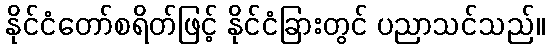
နိုင်ငံတော်စရိတ်ဖြင့် နိုင်ငံခြားတွင် ပညာသင်သည်။